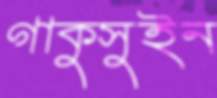
গাকুসুইন